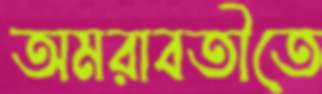
অমরাবতীতে